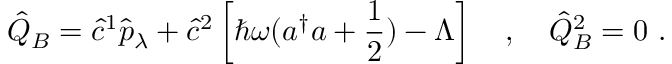
\hat { Q } _ { B } = \hat { c } ^ { 1 } \hat { p } _ { \lambda } + \hat { c } ^ { 2 } \left[ \hbar \omega ( a ^ { \dagger } a + \frac { 1 } { 2 } ) - \Lambda \right] \ \ \ , \ \ \ \hat { Q } _ { B } ^ { 2 } = 0 \ .